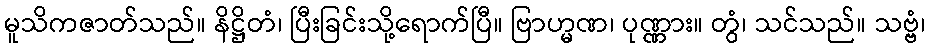
မူသိကဇာတ်သည်။ နိဋ္ဌိတံ၊ ပြီးခြင်းသို့ရောက်ပြီ။ ဗြာဟ္မဏ၊ ပုဏ္ဏား။ တွံ၊ သင်သည်။ သဗ္ဗံ၊